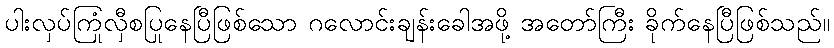
ပါးလှပ်ကြုံလှီစပြုနေပြီဖြစ်သော ဂလောင်းချန်းခေါအဖို့ အတော်ကြီး ခိုက်နေပြီဖြစ်သည်။